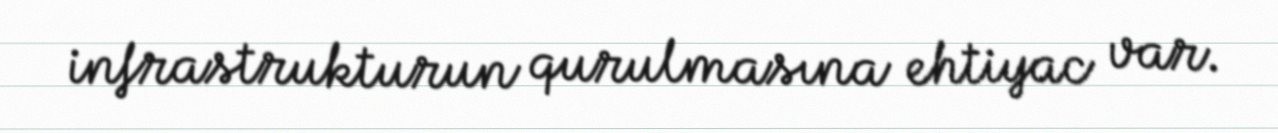
infrastrukturun qurulmasına ehtiyac var.